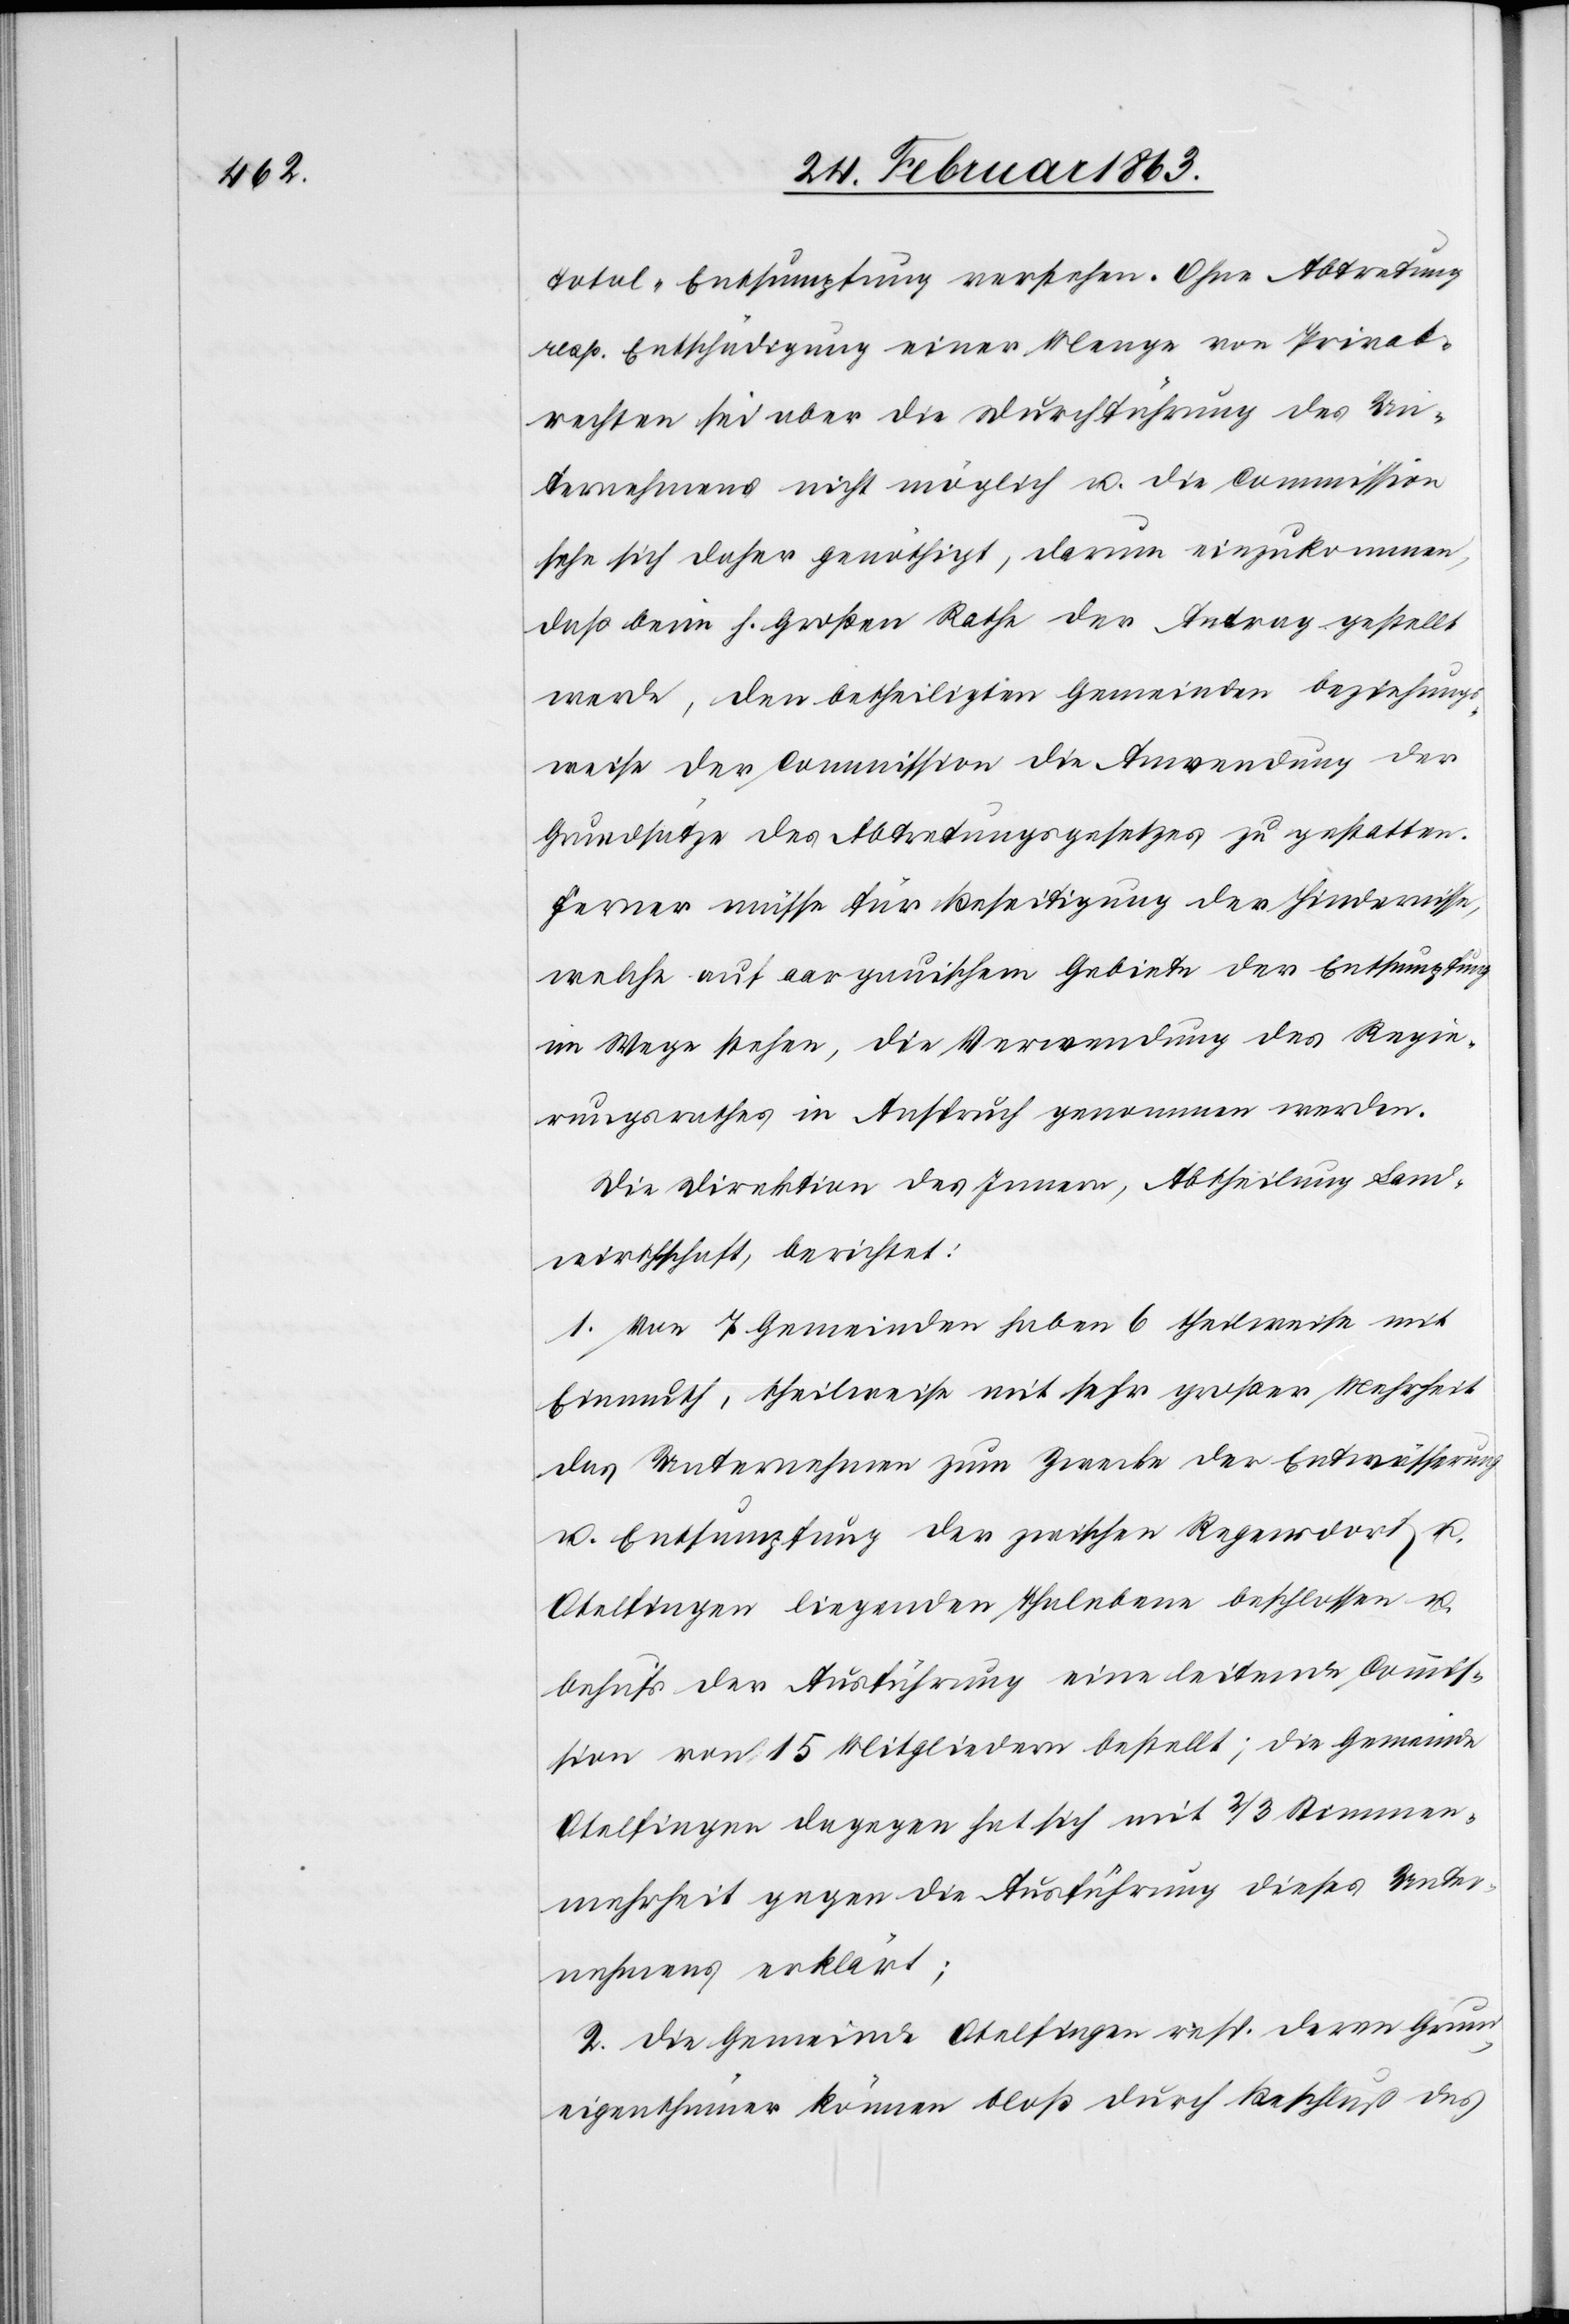
Total-Entsumpfung verstehen. Ohne Abtretung
resp. Entschädigung einer Menge von Privat¬
rechten sei aber die Durchführung des Un¬
ternehmens nicht möglich u. die Commission
sehe sich daher genöthigt, darum einzukommen,
daß beim h. Großen Rathe der Antrag gestellt
werde, den betheiligten Gemeinden beziehungs¬
weise der Commission die Anwendung der
Grundsätze des Abtretungsgesetzes zu gestatten.
Ferner müsse für Beseitigung der Hindernisse,
welche auf aargauischem Gebiete der Entsumpfung
im Wege stehen, die Verwendung des Regie¬
rungsrathes in Anspruch genommen werden.
Die Direktion des Innern, Abtheilung Land¬
wirthschaft, berichtet:
1. Von 7 Gemeinden haben 6 theilweise mit
Einmuth, theilweise mit sehr großer Mehrheit
das Unternehmen zum Zwecke der Entwässerung
u. Entsumpfung der zwischen Regensdorf u.
Otelfingen liegenden Thalebene beschlossen u.
behufs der Ausführung eine leitende Commis¬
sion von 15 Mitgliedern bestellt; die Gemeinde
Otelfingen dagegen hat sich mit 2/3 Stimmen¬
mehrheit gegen die Ausführung dieses Unter¬
nehmens erklärt;
2. Die Gemeinde Otelfingen resp. deren Grund¬
eigenthümer können bloß durch Beschluß des